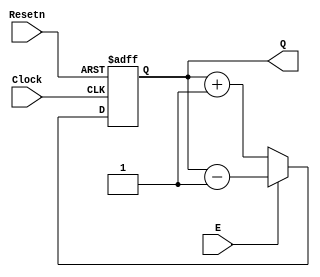
module count(Clock,Resetn,E,Q);
input Clock,Resetn,E;
output reg [3:0]Q;
always@(posedge Clock, negedge Resetn)
if(Resetn==0)
Q<=4'h0;
else if (~E)
Q<=Q+4'd1;
else
Q<=Q-4'd1;
endmodule